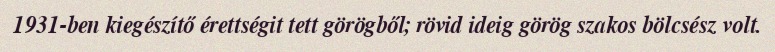
1931-ben kiegészítő érettségit tett görögből; rövid ideig görög szakos bölcsész volt.